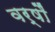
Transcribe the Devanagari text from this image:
वर्षौं